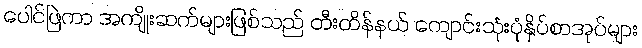
ပေါင်ဖြဲကာ အကျိုးဆက်များဖြစ်သည် တီးတိန်နယ် ကျောင်းသုံးပုံနှိပ်စာအုပ်များ